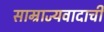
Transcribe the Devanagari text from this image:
साम्राज्यवादाची